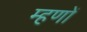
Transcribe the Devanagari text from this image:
म्हणों